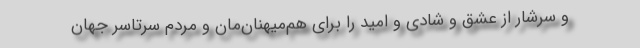
و سرشار از عشق و شادی و امید را برای هم‌میهنان‌مان و مردم سرتاسر جهان